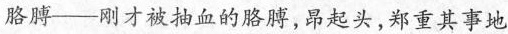
胳膊——刚才被抽血的胳膊，昂起头，郑重其事地